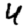
Digit: 4